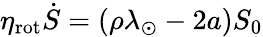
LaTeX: \eta_{\mathrm{rot}}\dot{S}=(\rho\lambda_{\odot}-2a)S_{0}